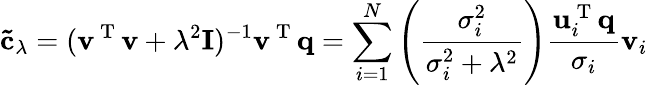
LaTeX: \mathbf{\tilde{c}}_{\lambda}=(\mathbf{v}^{\mathrm{~T~}}\mathbf{v}+\lambda^{2}\mathbf{I})^{-1}\mathbf{v}^{\mathrm{~T~}}\mathbf{q}=\sum_{i=1}^{N}\left(\frac{\sigma_{i}^{2}}{\sigma_{i}^{2}+\lambda^{2}}\right)\frac{\mathbf{u}_{i}^{\mathrm{~T~}}\mathbf{q}}{\sigma_{i}}\mathbf{v}_{i}